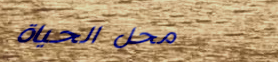
محل الحياة